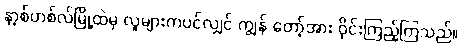
နာ့စ်ဟစ်လ်မြို့ထဲမှ လူများကပင်လျှင် ကျွန် တော့်အား ဝိုင်းကြည့်ကြသည်။